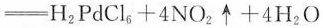
$$H_{2}PdCl_{6}+4NO_{2}\uparrow +4H_{2}O$$